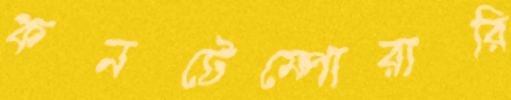
কনটেম্পোরারি